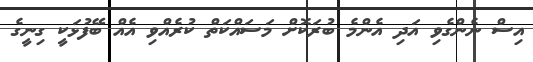
އިސް ނެންގެވި އަދި އެންމެ ބުރަކޮށް މަސައްކަތް ކުރެއްވި އެއް ބޭފުޅަކީ ގިނީގެ